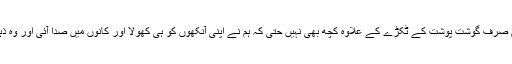
یہ اس وقت کی feeding ہے جب ہم صرف گوشت پوشت کے ٹکڑے کے علاوہ کچھ بھی نہیں حتی کہ ہم نے اپنی آنکھوں کو ہی کھولا اور کانوں میں صدا آئی اور وہ ذہن کے کسی خانے میں محفوظ ہوگئی۔